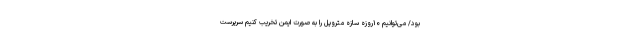
بود/ می‌توانیم ۱۰روزه سازه متروپل را به‌ صورت ایمن تخریب کنیم سرپرست